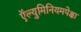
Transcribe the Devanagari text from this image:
ऍल्युमिनियमपेक्षा